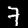
Digit: 7